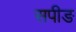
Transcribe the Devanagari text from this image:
सपीङ